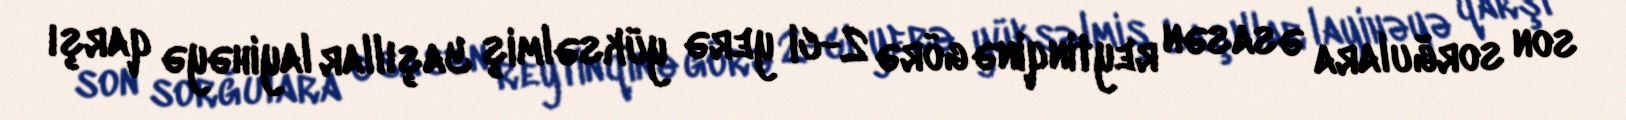
son sorğulara əsasən reytinqinə görə 2-ci yerə yüksəlmiş Yaşıllar layihəyə qarşı